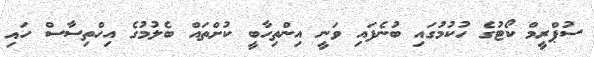
ސުޕްރީމް ކޯޓުގެ ހުކުމުގައި ބުނެފައި ވަނީ އިންތިހާބީ ކުށްތައް ބެލުމުގެ އިހްތިސާސް ހައި